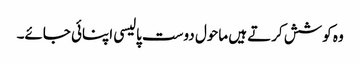
وہ کوشش کرتے ہیں ماحول دوست پالیسی اپنائی جائے۔